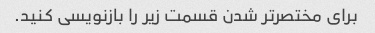
برای مختصرتر شدن قسمت زیر را بازنویسی کنید.